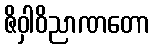
ဇိဝှါဝိညာဏတော